Lunatic asylums Punjab 1911-1921 - 1911-1921
Year: 1911
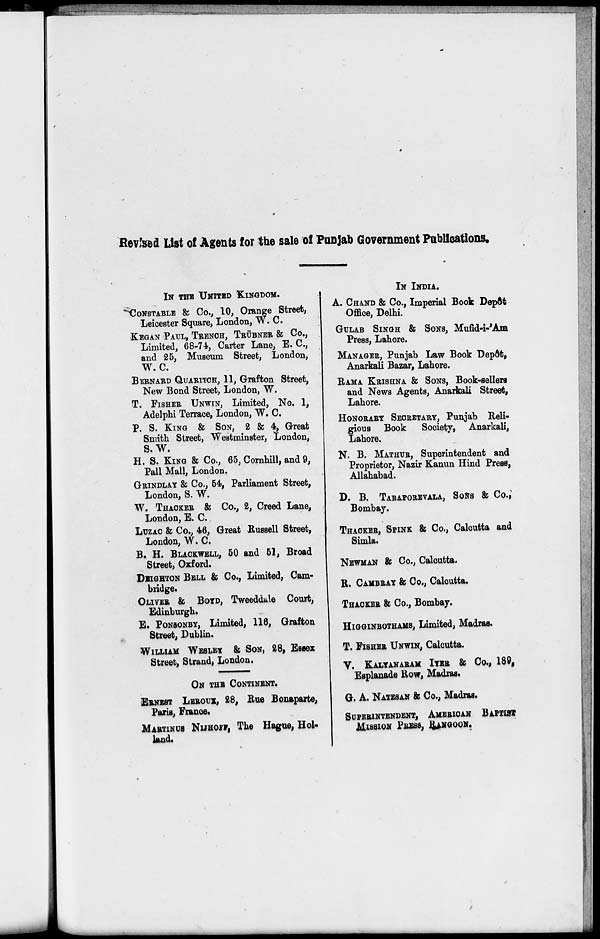
Revised List of Agents lor the sale of Punjab Government Publications.
IN THE UNITED KINGDOM.
CONSTABLE & Co., 10, Orange Street,
Leicester Square, London, W. C.
KEGAN PAUL, TRENCH, TRÜBNER & Co.,
Limited, 68-74, Carter Lane, E. C.,
and 25, Museum Street, London,
W. C.
BERNARD QUARITCH, 11, Grafton Street,
New Bond Street, London, W.
T. FISHER UNWIN, Limited, No. 1,
Adelphi Terrace, London, W. C.
P. S. KING & SON, 2 & 4, Great
Smith Street, Westminster, London,
S.W.
H. S. KING & Co., 65, Cornhill, and 9,
Pall Mall, London.
GRINDLAY & Co., 54, Parliament Street,
London, S. W.
W. THACKER & Co., 2, Creed Lane,
London, E. C.
LUZAC & Co., 46, Great Russell Street,
London, W. C.
B. H. BLACKWELL, 50 and 51, Broad
Street, Oxford.
DEIGHTON BELL & Co., Limited, Cam-
bridge.
OLIVER & BOYD , Tweeddale Court,
Edinburgh.
E. PONSONBY , Limited, 116, Grafton
Street, Dublin.
WILLIAM WESLEY & SON, 28, Essex
Street, Strand) London.
ON THE CONTINENT.
ERNEST LEROUX, 28, Rue Bonaparte,
Paris, France.
MARTINUS NIJHOFF, The Hague, Hol-
land.
IN INDIA.
A. CHAND & Co., Imperial Book Depôt
Office, Delhi.
GULAB SINGH & SONS, Mufid-i-'Am
Press, Lahore.
MANAGER, Punjab Law Book Depôt,
Anarkali Bazar, Lahore.
RAMA KRISHNA & SONS, Book-sellers
and News Agents, Anarkali Street,
Lahore.
HONORARY SECRETARY, Punjab Reli-
gious Book
Society, Anarkali,
Lahore.
N. B. MATHUR, Superintendent and
Proprietor, Nazir Kanun Hind Press,
Allahabad.
D. B. TARAPOREVALA, SONS & Co.,
Bombay.
THACKER, SPINK & Co., Calcutta and
Simla.
NEWMAN & Co., Calcutta.
R. CAMBRAY & Co., Calcutta.
THACKER & Co., Bombay.
HIGGINBOTHAMS
, Limited, Madras.
T. FISHER UNWIN , Calcutta.
V. KALYANARAM IYER & Co., 189,
Esplanade Row, Madras.
G. A. NATESAN & Co., Madras.
SUPERINTENDENT, AMERICAN BAPTIST
MISSION PRESS, RANGOON.